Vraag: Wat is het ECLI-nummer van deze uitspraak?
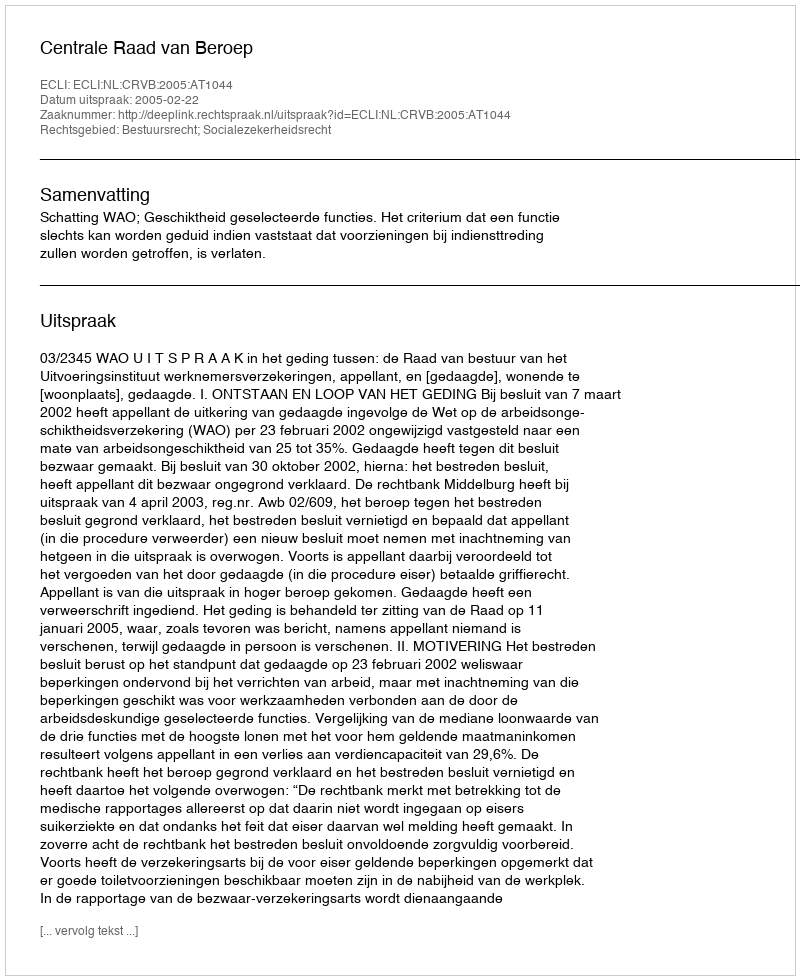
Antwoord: ECLI:NL:CRVB:2005:AT1044